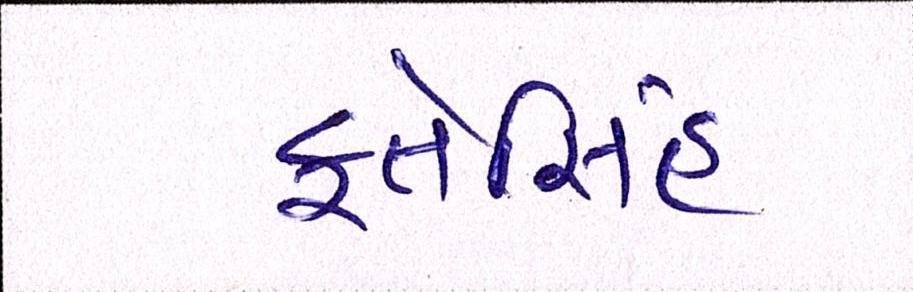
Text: ફતેસિંહ